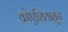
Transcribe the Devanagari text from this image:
क्रोएशियातून